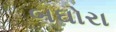
બઘોરા